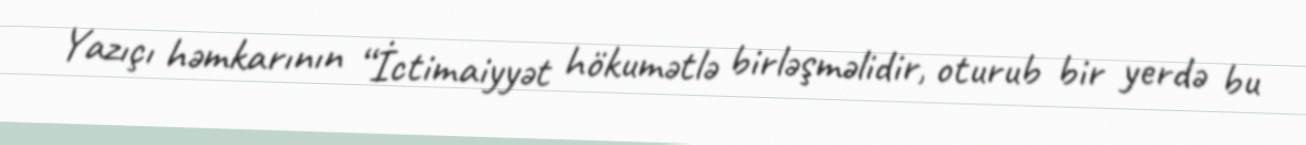
Yazıçı həmkarının “İctimaiyyət hökumətlə birləşməlidir, oturub bir yerdə bu